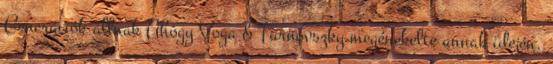
Generációk állnak Ahogy Voga & Turnovszky megénekelte annak idején.